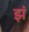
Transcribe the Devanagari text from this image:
झं